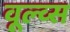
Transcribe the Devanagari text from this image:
वूल्व्स